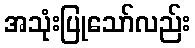
အသုံးပြုသော်လည်း